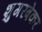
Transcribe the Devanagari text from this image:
शुगरबेकर